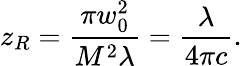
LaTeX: z_{R}=\frac{\pi w_{0}^{2}}{M^{2}\lambda}=\frac{\lambda}{4\pi c}.